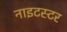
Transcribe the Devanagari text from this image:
नाइटस्टर